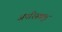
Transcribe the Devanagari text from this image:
अपरिस्कृत